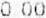
0.00